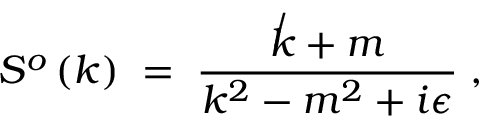
S ^ { o } \left( k \right) \; = \; { \frac { \not k + m } { k ^ { 2 } - m ^ { 2 } + i \epsilon } } \; ,